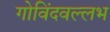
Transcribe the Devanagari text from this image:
गोविंदवल्लभ